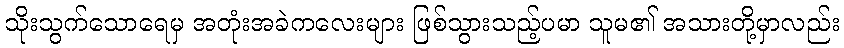
သိုးသွက်သောရေမှ အတုံးအခဲကလေးများ ဖြစ်သွားသည့်ပမာ သူမ၏ အသားတို့မှာလည်း